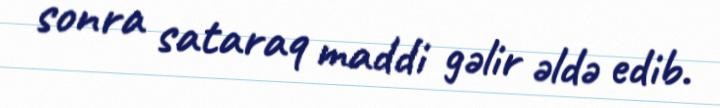
sonra sataraq maddi gəlir əldə edib.